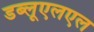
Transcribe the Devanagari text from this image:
डब्लूएलएल